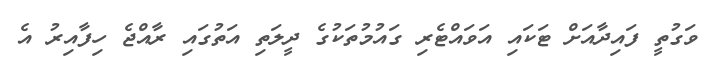
ވަގުތީ ފައިދާއަށް ޓަކައި އަވައްޓެރި ގައުމުތަކުގެ ދީލަތި އަތުގައި ރާއްޖެ ހިފާއިރު އެ